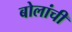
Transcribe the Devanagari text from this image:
बोलांची